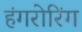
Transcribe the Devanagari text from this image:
हंगरोरिंग